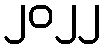
၂၀၂၂